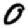
Digit: 0